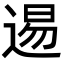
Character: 逷